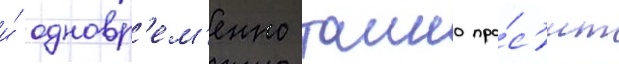
и́ одновр'ем'енно таино про́с'ит